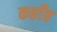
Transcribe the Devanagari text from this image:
कहाँव